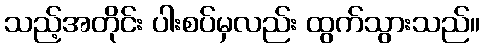
သည့်အတိုင်း ပါးစပ်မှလည်း ထွက်သွားသည်။